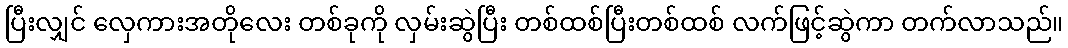
ပြီးလျှင် လှေကားအတိုလေး တစ်ခုကို လှမ်းဆွဲပြီး တစ်ထစ်ပြီးတစ်ထစ် လက်ဖြင့်ဆွဲကာ တက်လာသည်။